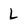
Character: l